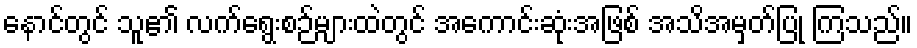
နောင်တွင် သူ၏ လက်ရွေးစဉ်များထဲတွင် အကောင်းဆုံးအဖြစ် အသိအမှတ်ပြု ကြသည်။